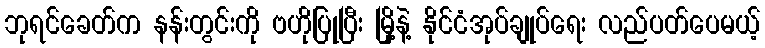
ဘုရင်ခေတ်က နန်းတွင်းကို ဗဟိုပြုပြီး မြို့နဲ့ နိုင်ငံအုပ်ချုပ်ရေး လည်ပတ်ပေမယ့်